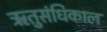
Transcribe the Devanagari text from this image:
ऋतुसंधिकाल